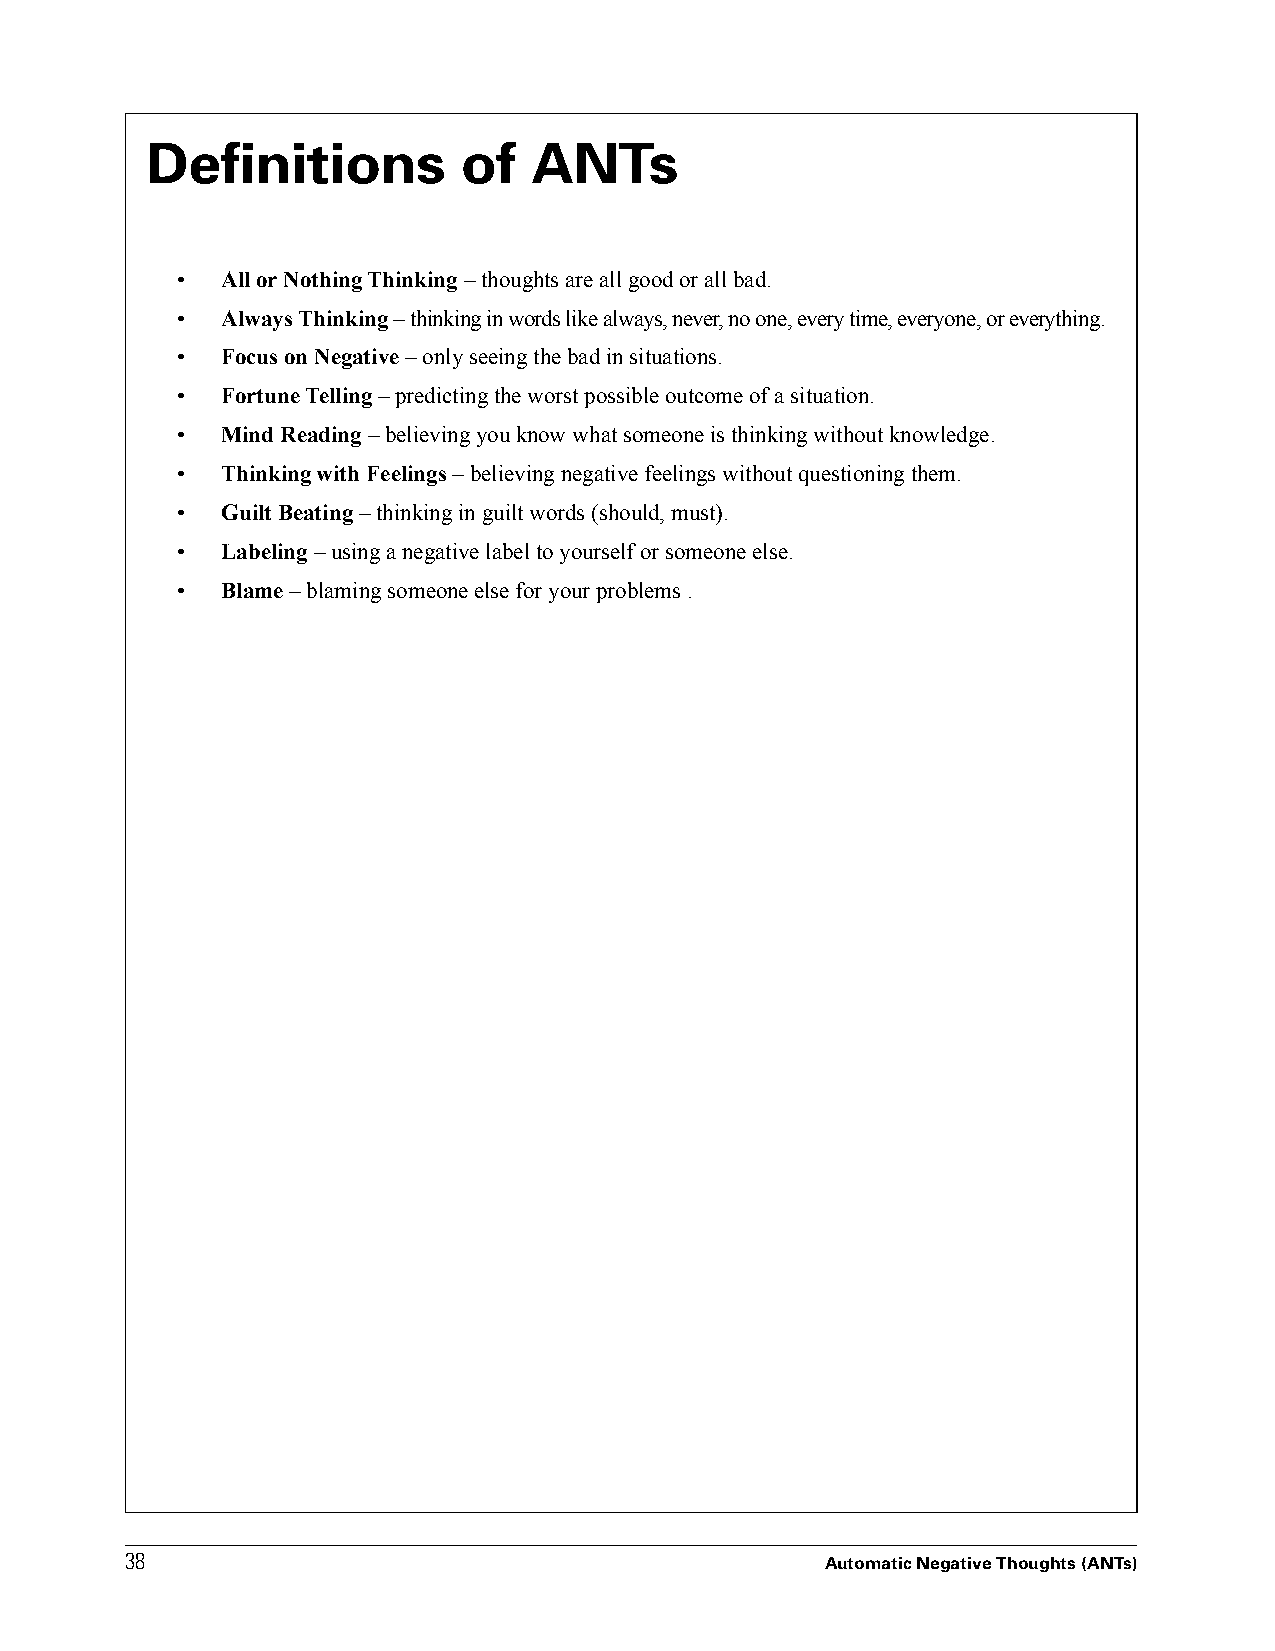
Definitions          of  ANTs
 •  All or Nothing Thinking – thoughts are all good or all bad.
 •  Always Thinking – thinking in words like always, never, no one, every time, everyone, or everything.
 •  Focus on Negative – only seeing the bad in situations.
 •  Fortune Telling – predicting the worst possible outcome of a situation.
 •  Mind Reading – believing you know what someone is thinking without knowledge.
 •  Thinking with Feelings – believing negative feelings without questioning them.
 •  Guilt Beating – thinking in guilt words (should, must).
 •  Labeling – using a negative label to yourself or someone else.
 •  Blame – blaming someone else for your problems .
 3388
 Automatic Negative Thoughts (ANTs)